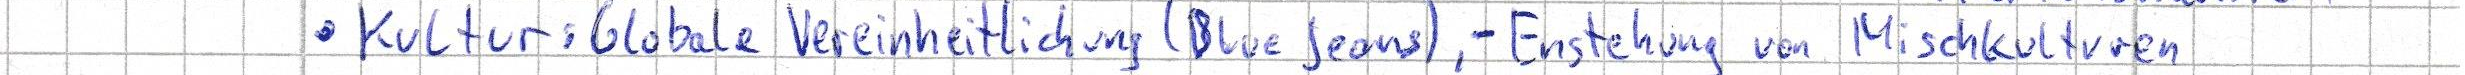
- Kultur: Globale Vereinheitlichung (Blue Jeans), - Enstehung von Mischkulturen